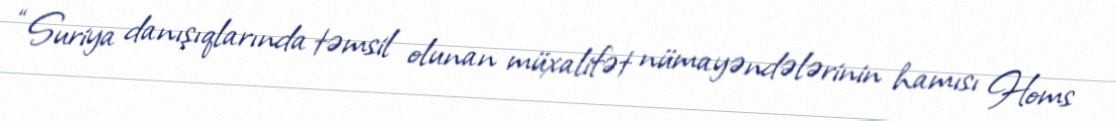
“Suriya danışıqlarında təmsil olunan müxalifət nümayəndələrinin hamısı Homs